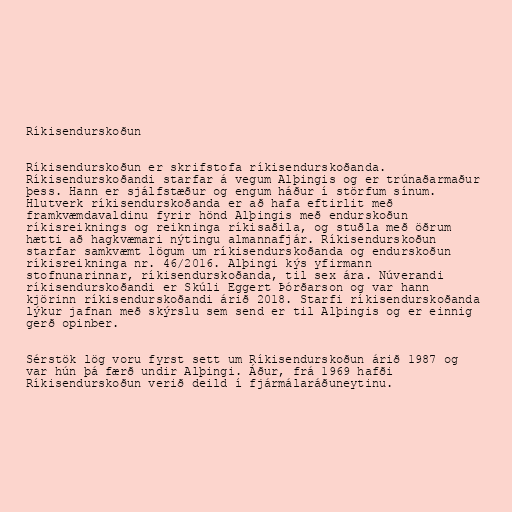
Ríkisendurskoðun

Ríkisendurskoðun er skrifstofa ríkisendurskoðanda.
Ríkisendurskoðandi starfar á vegum Alþingis og er trúnaðarmaður
þess. Hann er sjálfstæður og engum háður í störfum sínum.
Hlutverk ríkisendurskoðanda er að hafa eftirlit með
framkvæmdavaldinu fyrir hönd Alþingis með endurskoðun
ríkisreiknings og reikninga ríkisaðila, og stuðla með öðrum
hætti að hagkvæmari nýtingu almannafjár. Ríkisendurskoðun
starfar samkvæmt lögum um ríkisendurskoðanda og endurskoðun
ríkisreikninga nr. 46/2016. Alþingi kýs yfirmann
stofnunarinnar, ríkisendurskoðanda, til sex ára. Núverandi
ríkisendurskoðandi er Skúli Eggert Þórðarson og var hann
kjörinn ríkisendurskoðandi árið 2018. Starfi ríkisendurskoðanda
lýkur jafnan með skýrslu sem send er til Alþingis og er einnig
gerð opinber.

Sérstök lög voru fyrst sett um Ríkisendurskoðun árið 1987 og
var hún þá færð undir Alþingi. Áður, frá 1969 hafði
Ríkisendurskoðun verið deild í fjármálaráðuneytinu.